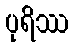
ပုရိဿ